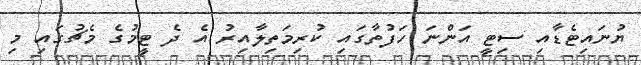
ޔުނައިޓެޑާއި ސިޓީ އަންނަ ހަފުތާގައި ކުރިމަތިލާއިރު އެ ދެ ޓީމުގެ މެޗުގައި މި